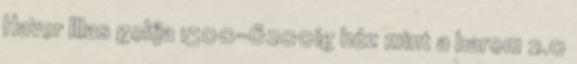
Haver IIIas golfja 1500-6200ig húz mint a barom 2.0